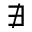
\nexists